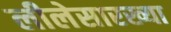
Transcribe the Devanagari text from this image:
लीलेसारख्या